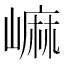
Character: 𡻥